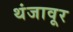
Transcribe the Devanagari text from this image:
थंजावूर